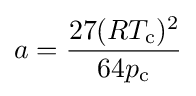
a={\frac {27(RT_{\text{c}})^{2}}{64p_{\text{c}}}}